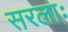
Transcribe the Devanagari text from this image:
सरलाः